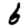
Digit: 6